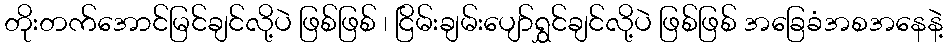
တိုးတက်အောင်မြင်ချင်လို့ပဲ ဖြစ်ဖြစ် ၊ ငြိမ်းချမ်းပျော်ရွှင်ချင်လို့ပဲ ဖြစ်ဖြစ် အခြေခံအစအနေနဲ့